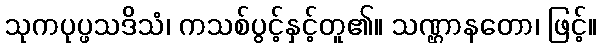
သုကပုပ္ဖသဒိသံ၊ ကသစ်ပွင့်နှင့်တူ၏။ သဏ္ဌာနတော၊ ဖြင့်။